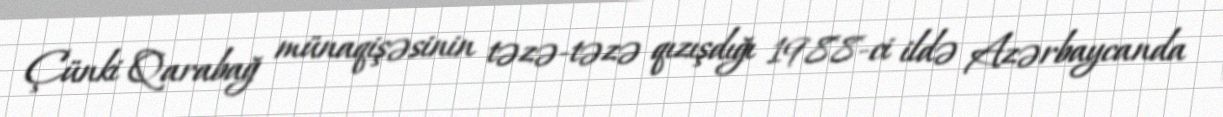
Çünki Qarabağ münaqişəsinin təzə-təzə qızışdığı 1988-ci ildə Azərbaycanda